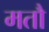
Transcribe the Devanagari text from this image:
मतौ